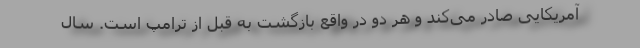
آمریکایی صادر می‌کند و هر دو در واقع بازگشت به قبل از ترامپ است. سال